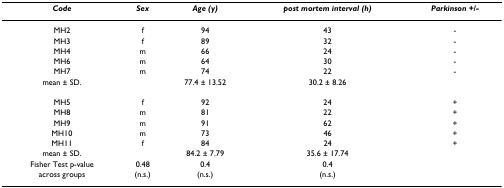
| Code | Sex | Age (y) | post mortem interval (h) | Parkinson +/- |
 | --- | --- | --- | --- | --- |
 | MH2 | f | 94 | 43 | - |
 | MH3 | f | 89 | 32 | - |
 | MH4 | m | 66 | 24 | - |
 | MH6 | m | 64 | 30 | - |
 | MH7 | m | 74 | 22 | - |
 | mean ± SD. |  | 77.4 ± 13.52 | 30.2 ± 8.26 |  |
 | MH5 | f | 92 | 24 | + |
 | MH8 | m | 81 | 22 | + |
 | MH9 | m | 91 | 62 | + |
 | MH10 | m | 73 | 46 | + |
 | MH11 | f | 84 | 24 | + |
 | mean ± SD. |  | 84.2 ± 7.79 | 35.6 ± 17.74 |  |
 | Fisher Test p-value | 0.48 | 0.4 | 0.4 |  |
 | across groups | (n.s.) | (n.s.) | (n.s.) |  |